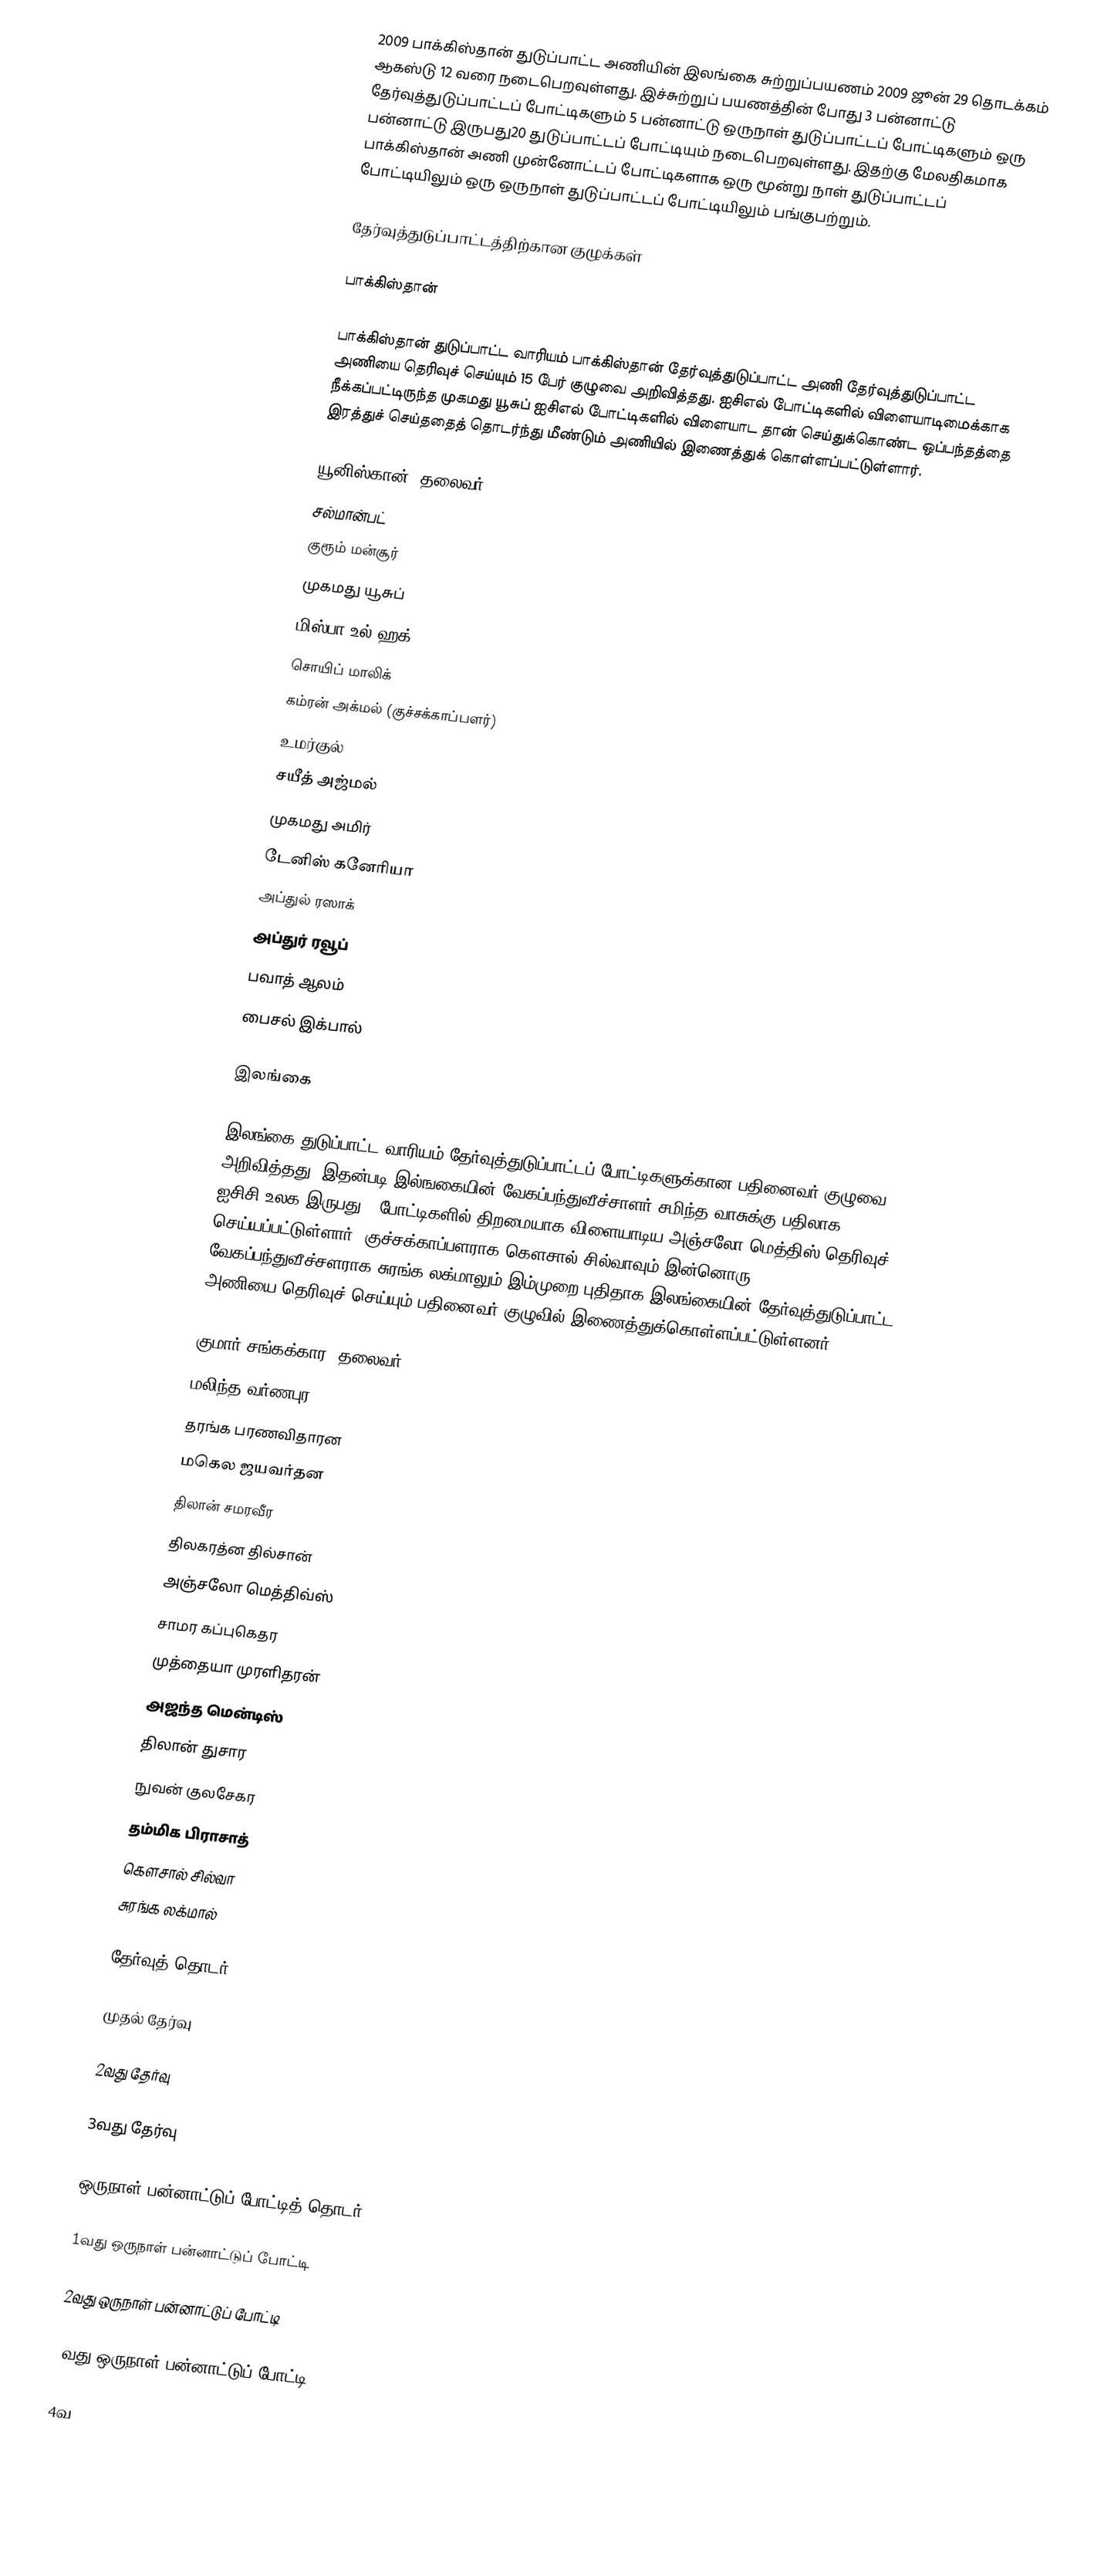
2009 பாக்கிஸ்தான் துடுப்பாட்ட அணியின் இலங்கை சுற்றுப்பயணம் 2009 ஜூன் 29 தொடக்கம் ஆகஸ்டு 12 வரை நடைபெறவுள்ளது. இச்சுற்றுப் பயணத்தின் போது 3 பன்னாட்டு தேர்வுத்துடுப்பாட்டப் போட்டிகளும்  5 பன்னாட்டு ஒருநாள் துடுப்பாட்டப் போட்டிகளும்  ஒரு பன்னாட்டு இருபது20 துடுப்பாட்டப் போட்டியும் நடைபெறவுள்ளது. இதற்கு மேலதிகமாக பாக்கிஸ்தான் அணி முன்னோட்டப் போட்டிகளாக ஒரு மூன்று நாள் துடுப்பாட்டப் போட்டியிலும் ஒரு ஒருநாள் துடுப்பாட்டப் போட்டியிலும் பங்குபற்றும்.

தேர்வுத்துடுப்பாட்டத்திற்கான குழுக்கள்

பாக்கிஸ்தான்

பாக்கிஸ்தான் துடுப்பாட்ட வாரியம் பாக்கிஸ்தான் தேர்வுத்துடுப்பாட்ட அணி தேர்வுத்துடுப்பாட்ட அணியை தெரிவுச் செய்யும் 15 பேர் குழுவை அறிவித்தது.  ஐசிஎல் போட்டிகளில் விளையாடிமைக்காக நீக்கப்பட்டிருந்த முகமது யூசுப் ஐசிஎல் போட்டிகளில் விளையாட தான் செய்துக்கொண்ட ஒப்பந்தத்தை இரத்துச் செய்ததைத் தொடர்ந்து மீண்டும் அணியில்  இணைத்துக் கொள்ளப்பட்டுள்ளார்.

 யூனிஸ்கான் (தலைவர்)
 சல்மான்பட்
 குரூம் மன்சூர்
 முகமது யூசுப்
 மிஸ்பா உல் ஹக்
 சொயிப் மாலிக்
 கம்ரன் அக்மல் (குச்சக்காப்பளர்)
 உமர்குல்
 சயீத் அஜ்மல்
 முகமது அமிர்
 டேனிஸ் கனேரியா
 அப்துல் ரஸாக்
 அப்துர் ரவூப்
 பவாத் ஆலம்
 பைசல் இக்பால்

இலங்கை

இலங்கை துடுப்பாட்ட வாரியம் தேர்வுத்துடுப்பாட்டப் போட்டிகளுக்கான பதினைவர் குழுவை அறிவித்தது. இதன்படி இல்ஙகையின் வேகப்பந்துவீச்சாளர் சமிந்த வாசுக்கு பதிலாக 2009 ஐசிசி உலக இருபது20 போட்டிகளில் திறமையாக விளையாடிய அஞ்சலோ மெத்திஸ் தெரிவுச் செய்யப்பட்டுள்ளார். குச்சக்காப்பளராக கௌசால் சில்வாவும் இன்னொரு வேகப்பந்துவீச்சளராக சுரங்க லக்மாலும் இம்முறை புதிதாக இலங்கையின் தேர்வுத்துடுப்பாட்ட அணியை தெரிவுச் செய்யும் பதினைவர் குழுவில் இணைத்துக்கொள்ளப்பட்டுள்ளனர்.

 குமார் சங்கக்கார (தலைவர்)
 மலிந்த வர்ணபுர
 தரங்க பரணவிதாரன
 மகெல ஜயவர்தன
 திலான் சமரவீர
 திலகரத்ன தில்சான்
 அஞ்சலோ மெத்திவ்ஸ்
 சாமர கப்புகெதர
 முத்தையா முரளிதரன்
 அஜந்த மென்டிஸ்
 திலான் துசார
 நுவன் குலசேகர
 தம்மிக பிராசாத்
 கௌசால் சில்வா
 சுரங்க லக்மால்

தேர்வுத் தொடர்

முதல் தேர்வு

2வது தேர்வு

3வது தேர்வு

ஒருநாள் பன்னாட்டுப் போட்டித் தொடர்

1வது ஒருநாள் பன்னாட்டுப் போட்டி

2வது ஒருநாள் பன்னாட்டுப் போட்டி

3வது ஒருநாள் பன்னாட்டுப் போட்டி

4வ